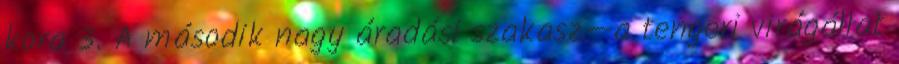
kora 3. A második nagy áradási szakasz—a tengeri virágállat